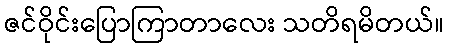
ဇင်ဝိုင်းပြောကြာတာလေး သတိရမိတယ်။